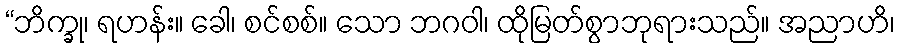
“ဘိက္ခု၊ ရဟန်း။ ခေါ၊ စင်စစ်။ သော ဘဂဝါ၊ ထိုမြတ်စွာဘုရားသည်။ အညာဟိ၊